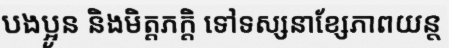
បងប្អូន និងមិត្តភក្តិ ទៅទស្សនាខ្សែភាពយន្ត